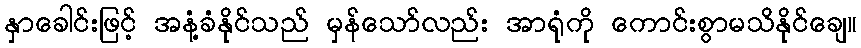
နှာခေါင်းဖြင့် အနံ့ခံနိုင်သည် မှန်သော်လည်း အာရုံကို ကောင်းစွာမသိနိုင်ချေ။